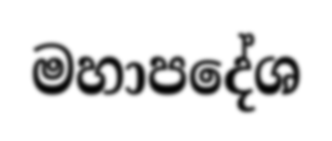
මහාපදේශ